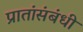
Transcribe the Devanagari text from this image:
प्रातांसंबंधी